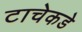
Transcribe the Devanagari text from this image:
टाचेकडे